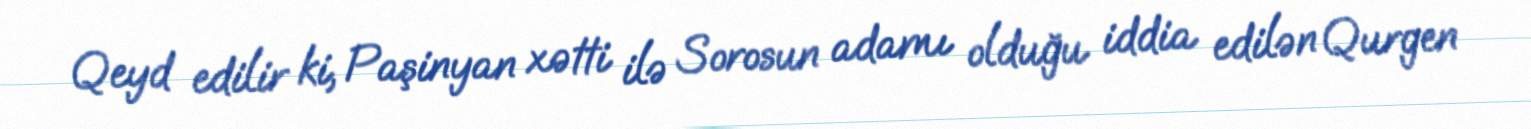
Qeyd edilir ki, Paşinyan xətti ilə Sorosun adamı olduğu iddia edilən Qurgen